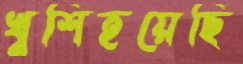
খুশিহয়েছি